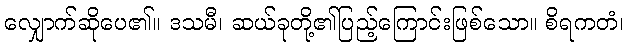
လျှောက်ဆိုပေ၏။ ဒသမီ၊ ဆယ်ခုတို့၏ပြည့်ကြောင်းဖြစ်သော။ စိရကတံ၊